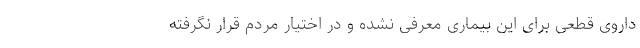
داروی قطعی برای این بیماری معرفی نشده و در اختیار مردم قرار نگرفته